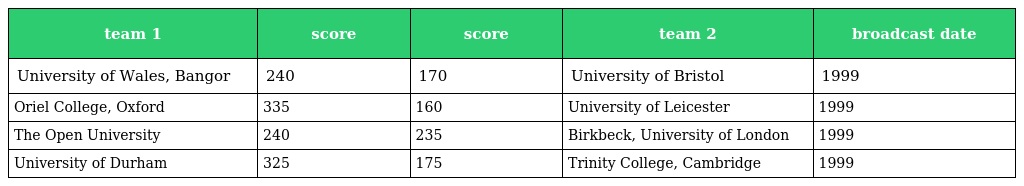
| team 1 | score | score | team 2 | broadcast date |
 | --- | --- | --- | --- | --- |
 | University of Wales, Bangor | 240 | 170 | University of Bristol | 1999 |
 | Oriel College, Oxford | 335 | 160 | University of Leicester | 1999 |
 | The Open University | 240 | 235 | Birkbeck, University of London | 1999 |
 | University of Durham | 325 | 175 | Trinity College, Cambridge | 1999 |